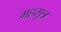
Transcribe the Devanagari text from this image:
ग्रहसुत्र